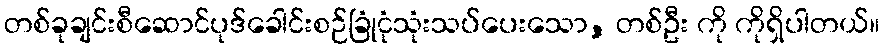
တစ်ခုချင်းစီဆောင်ပုဒ်ခေါင်းစဉ်ခြုံငုံသုံးသပ်ပေးသော, တစ်ဦး ကို ကိုရှိပါတယ်။